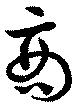
商